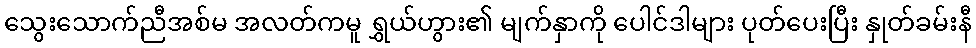
သွေးသောက်ညီအစ်မ အလတ်ကမူ ရွှယ်ဟွား၏ မျက်နှာကို ပေါင်ဒါများ ပုတ်ပေးပြီး နှုတ်ခမ်းနီ